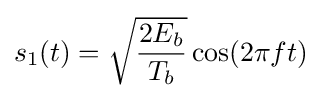
s_{1}(t)={\sqrt {\frac {2E_{b}}{T_{b}}}}\cos(2\pi ft)